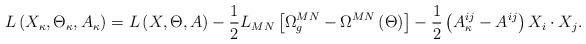
LaTeX: \begin{align*}L\left( X_\kappa ,\Theta _\kappa ,A_\kappa \right) =L\left( X,\Theta,A\right) -\frac 12L_{MN}\left[ \Omega _g^{MN}-\Omega ^{MN}\left( \Theta\right) \right] -\frac 12\left( A_\kappa ^{ij}-A^{ij}\right) X_i\cdot X_j.\end{align*}